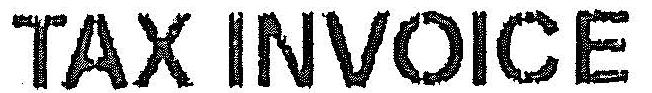
TAX INVOICE